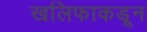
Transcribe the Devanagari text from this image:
खलिफाकडून